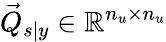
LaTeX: \vec{Q}_{s\vert y}\in\mathbb R^{n_{u}\times n_{u}}